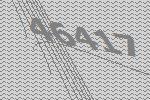
46417